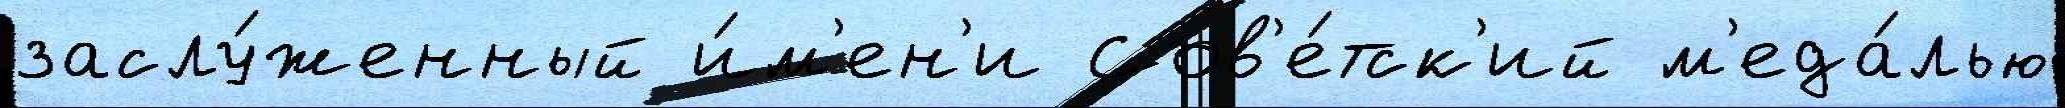
заслу́женный и́м'ен'и Сов'е́тск'ий м'еда́лью